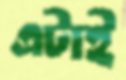
এটাই